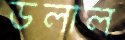
ডলাল